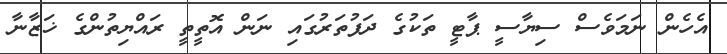
އެހެން ނަމަވެސް ސިޔާސީ ޕާޓީ ތަކުގެ ދަފުތަރުގައި ނަން އޮތީތީ ރައްޔިތުންގެ ޚަޒާނާ